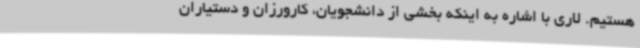
هستیم. لاری با اشاره به اینکه بخشی از دانشجویان، کارورزان و دستیاران